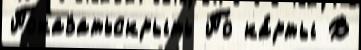
Показатьскрыть По ка́рты В